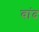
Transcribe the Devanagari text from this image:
वांद